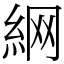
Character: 䋞